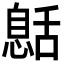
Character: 𦧰